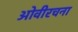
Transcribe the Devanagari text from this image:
ओवीरचना